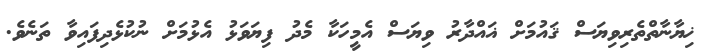
ޚިޔާނާތްތެރިވިޔަސް ޤައުމަށް ޣައްދާރު ވިޔަސް އެމީހަކާ މެދު ފިޔަވަޅު އެޅުމަށް ނުކުޅެދިފައިވާ ތަނެވެ.